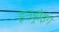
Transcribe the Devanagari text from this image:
इनड्रोइंग